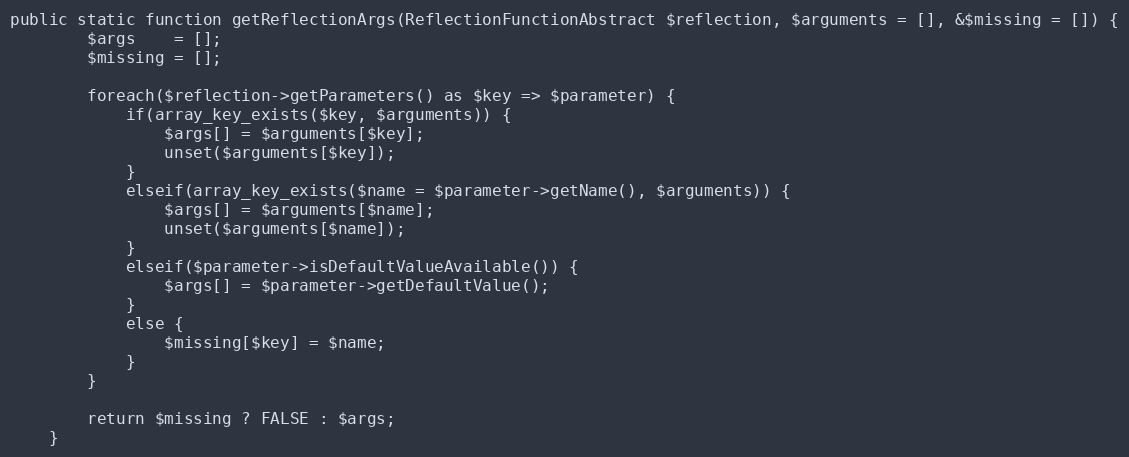
Language: PHP
public static function getReflectionArgs(ReflectionFunctionAbstract $reflection, $arguments = [], &$missing = []) {
        $args    = [];
        $missing = [];

        foreach($reflection->getParameters() as $key => $parameter) {
            if(array_key_exists($key, $arguments)) {
                $args[] = $arguments[$key];
                unset($arguments[$key]);
            }
            elseif(array_key_exists($name = $parameter->getName(), $arguments)) {
                $args[] = $arguments[$name];
                unset($arguments[$name]);
            }
            elseif($parameter->isDefaultValueAvailable()) {
                $args[] = $parameter->getDefaultValue();
            }
            else {
                $missing[$key] = $name;
            }
        }

        return $missing ? FALSE : $args;
    }